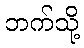
ဘက်သို့